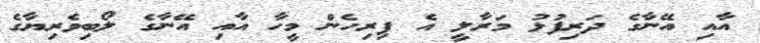
އާއި އޭނާގެ ދަރިފުޅު މަރާލީ އެ ފިރިހެން މީހާ އާއި އޭނާގެ ލޯބިވެރިޔާގެ